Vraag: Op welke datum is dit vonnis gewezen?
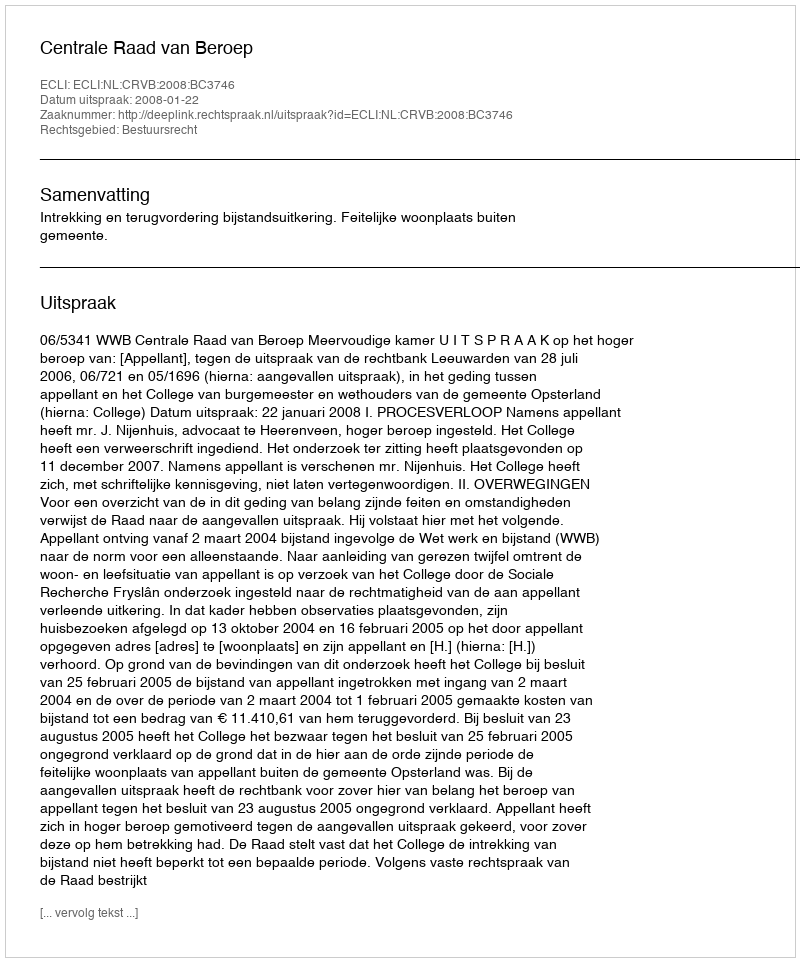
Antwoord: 2008-01-22